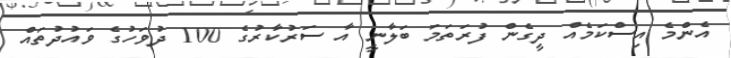
އެންމެ އިސްކަމެއް ދީގެން ފުރަތަމަ ބަލާނީ އާ ސަރުކާރުގެ 100 ދުވަހުގެ ވައުދުތައް